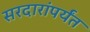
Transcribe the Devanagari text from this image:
सरदारांपर्यंत